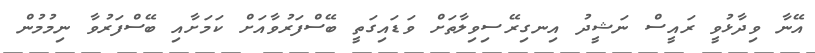
އޭނާ ވިދާޅުވީ ރައީސް ނަޝީދު އިނގިރޭސިވިލާތަށް ވަޑައިގަތީ ބޭސްފަރުވާއަށް ކަމަށާއި ބޭސްފަރުވާ ނިމުމުން